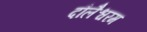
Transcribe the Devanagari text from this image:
दौलैश्वरम